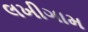
લખીગામ